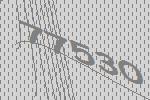
77530